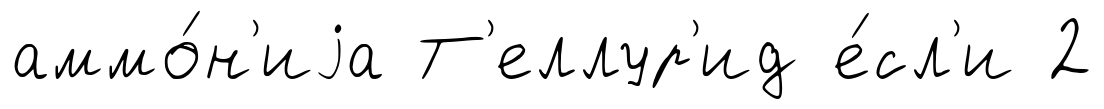
аммо́н'иjа Т'еллур'ид е́сл'и 2